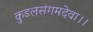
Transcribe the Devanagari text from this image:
कुडलसंगमदेवा।।